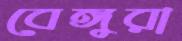
বেঙ্গুরা